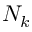
N _ { k }